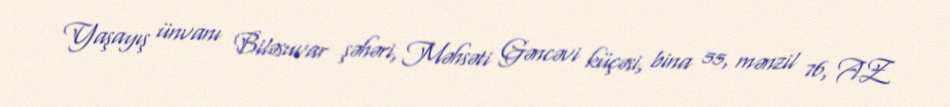
Yaşayış ünvanı Biləsuvar şəhəri, Məhsəti Gəncəvi küçəsi, bina 55, mənzil 76, AZ